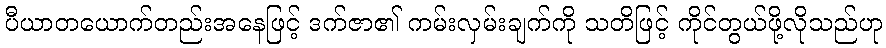
ပီယာတယောက်တည်းအနေဖြင့် ဒက်ဇာ၏ ကမ်းလှမ်းချက်ကို သတိဖြင့် ကိုင်တွယ်ဖို့လိုသည်ဟု